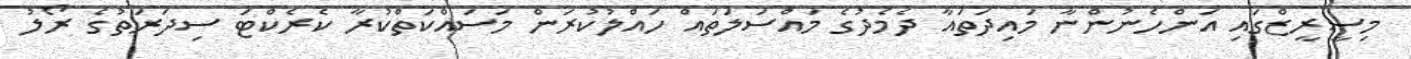
މިސީރީޒްގައި އަންހެނުންނާ މައިދަތައާ ދެމެދުގެ މައްސަލަތައް ހައްލުކުރަން މަސައްކަތްކުރާ ކެރެކްޓަ ސިދަރަތުގެ ރޯލު